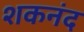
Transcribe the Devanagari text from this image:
शकनंद